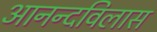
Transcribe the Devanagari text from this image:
आनन्दविलास